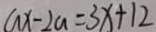
a x - 2 a = 3 x + 1 2